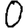
Digit: 0